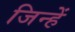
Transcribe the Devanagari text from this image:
जिन्हेें